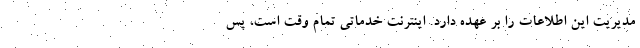
مدیریت این اطلاعات را بر عهده دارد. اینترنت خدماتی تمام وقت است، پس